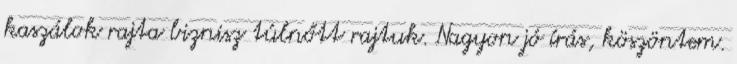
kaszálok rajta biznisz túlnőtt rajtuk. Nagyon jó írás, köszöntem.